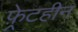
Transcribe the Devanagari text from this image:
फ़्रेटहीन